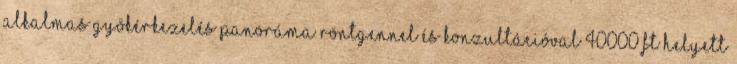
alkalmas gyökérkezelés panoráma röntgennel és konzultációval 40000 Ft helyett